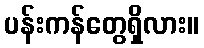
ပန်းကန်တွေရှိလား။